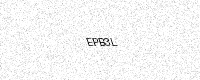
Text: EPB3L